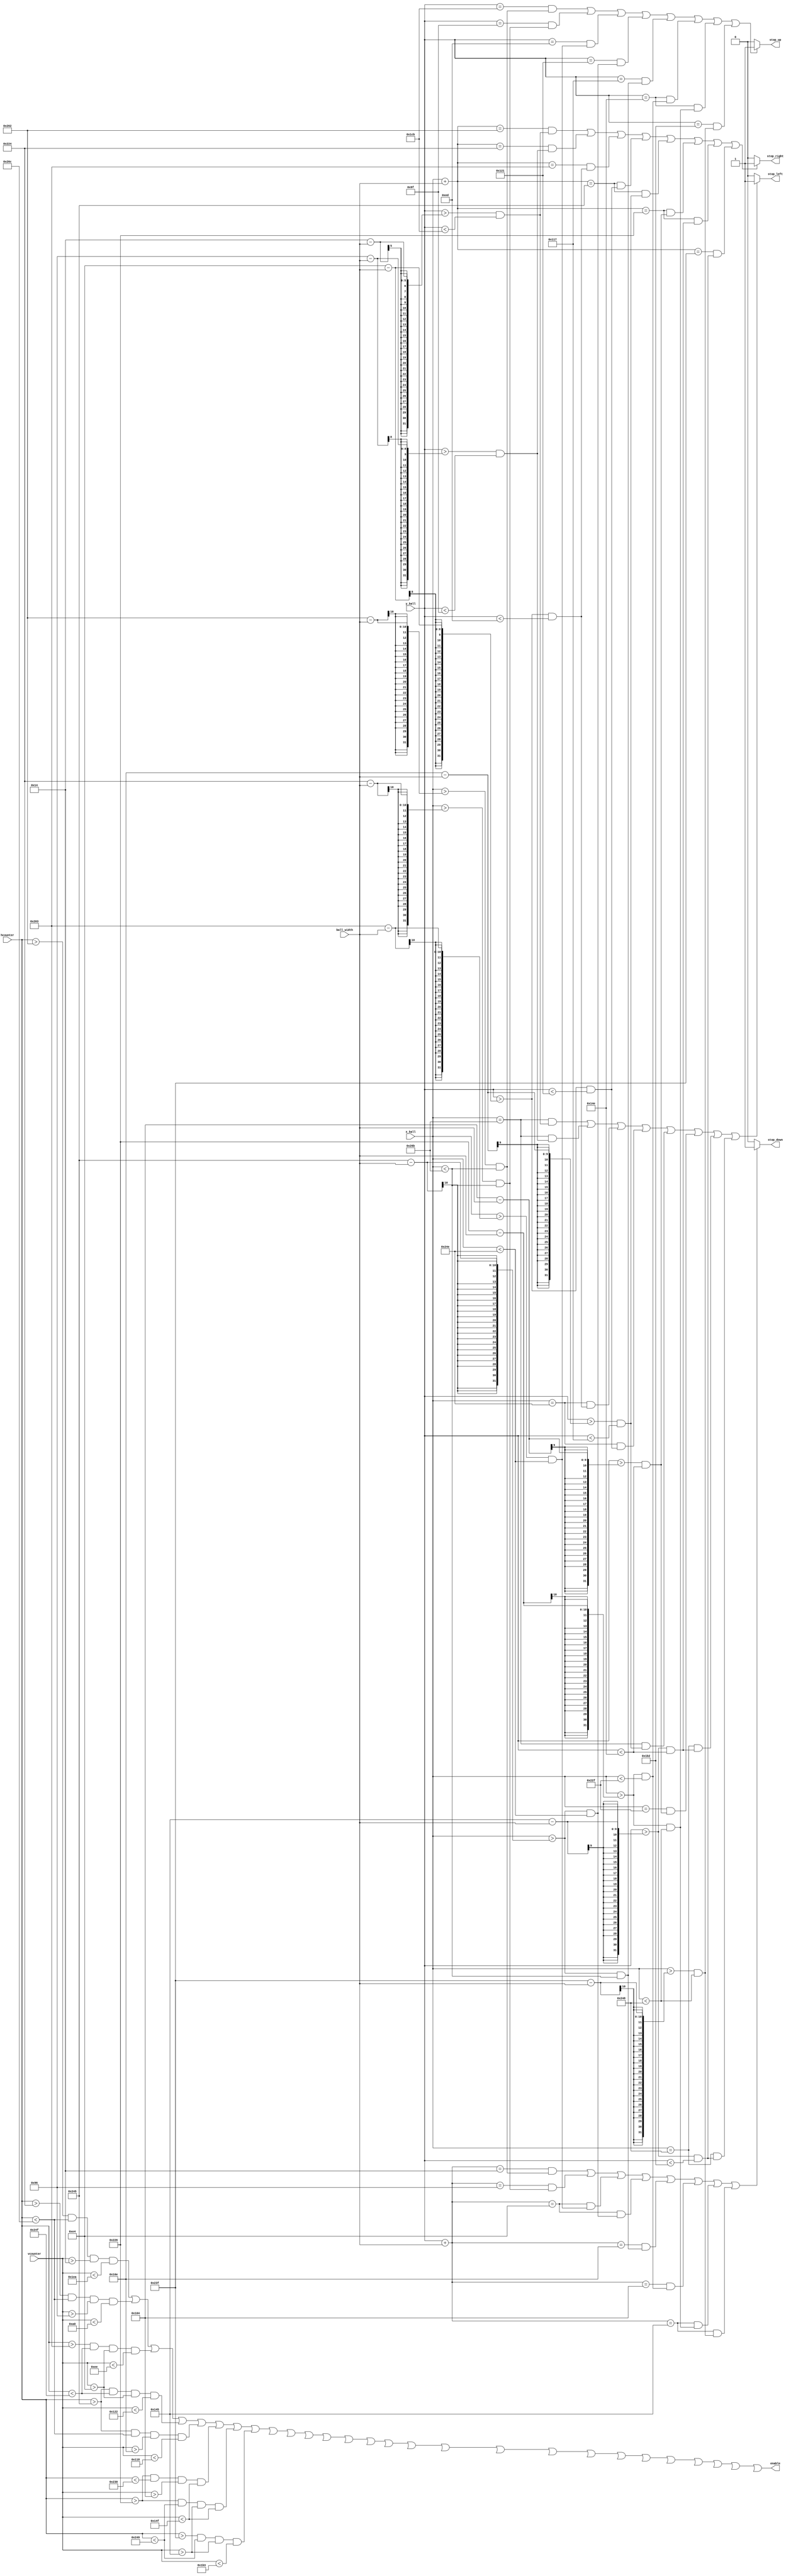
`timescale 1ns / 1ps
//////////////////////////////////////////////////////////////////////////////////
// Company: 
// Engineer: 
// 
// Design Name: 
// Module Name:    portion_6 
// Project Name: 
// Target Devices: 
// Tool versions: 
// Description: 
//
// Dependencies: 
//
// Revision: 
// Revision 0.01 - File Created
// Additional Comments: 
//
//////////////////////////////////////////////////////////////////////////////////
module portion_6(hcounter, vcounter, enable, x_ball, y_ball, ball_width, stop_right, stop_left, stop_up, stop_down
    );
	 
    input  [10:0] hcounter, vcounter;
	 output        enable;
    input  [10:0] x_ball, y_ball;
    input   [4:0] ball_width;
    output reg    stop_right, stop_left, stop_up, stop_down;
    
	 wire n23,n24 , n25 , n26 , n27 , n28 , n29 , n30 , n31, n32 ,n33 ,n34 ,n35 , n36 , n37 , n38 , n39 ,n40 , n41, n42 , n43 , n44, n45, n46 , n47 , n48,n22;
	 
	 
    assign n23=  (hcounter >610  && hcounter <620   &&  vcounter >20  && vcounter<490);
	 assign n24=  (hcounter >548  && hcounter <620   &&  vcounter >150 && vcounter<160);
	 assign n25=  (hcounter >515  && hcounter <591   &&  vcounter >228 && vcounter<238);
	 assign n26=  (hcounter >581  && hcounter <591   &&  vcounter >228 && vcounter<290);
    assign n27 = (hcounter >581  && hcounter <620   &&  vcounter >270 && vcounter<280);
    assign n28 = (hcounter >550  && hcounter <560   &&  vcounter >260 && vcounter<335);
    assign n29 = (hcounter >550  && hcounter <585   &&  vcounter >325 && vcounter<335);
	 assign n30 = (hcounter >575  && hcounter <585   &&  vcounter >325 && vcounter<435);
	// assign n22=  (hcounter >560  && hcounter <610   &&  vcounter >440 && vcounter<475);
    assign enable = n23||n24 ||n25 || n26 || n27 || n28 || n29 || n30|| n31||n32 ||n33||n34 ||n35 ||n36 ||n37 ||n38 || n39||n40|| n41||n42 || n43 ||n44||n45 || n46 || n47 || n48||n22;
   
	// Collision detection
     reg collision;
     always @(x_ball, y_ball, ball_width)
     begin
        stop_right = 0;
        stop_left  = 0;
        stop_up    = 0;
        stop_down  = 0;
        
        if (((x_ball+ball_width == 610)  && (y_ball >20-ball_width  && y_ball<460-1)) || //n23
            ((x_ball+ball_width == 548)  && (y_ball >150-ball_width && y_ball<160-1)) || //n24
            ((x_ball+ball_width == 515)  && (y_ball >228-ball_width && y_ball<238-1)) || //n25
            ((x_ball+ball_width == 581)  && (y_ball >228-ball_width && y_ball<290-1)) || //n26
            ((x_ball+ball_width == 581)  && (y_ball >270-ball_width && y_ball<280-1)) || //n31
            ((x_ball+ball_width == 550)  && (y_ball >260-ball_width && y_ball<335-1)) || //n32
            ((x_ball+ball_width == 550)  && (y_ball >325-ball_width && y_ball<335-1)) || //n33
	         ((x_ball+ball_width == 575)  && (y_ball >325-ball_width && y_ball<435-1)))   //n48
				begin
					stop_right = 1;
				end
        if (((x_ball == 620-1) && (y_ball >20-ball_width  && y_ball<460-1))  || //n1
            ((x_ball == 620-1) && (y_ball >150-ball_width && y_ball<160-1))  || //n2
            ((x_ball == 591-1) && (y_ball >228-ball_width && y_ball<238-1))  || //n3
            ((x_ball == 591-1) && (y_ball >228-ball_width && y_ball<290-1))  || //n4
				((x_ball == 620-1) && (y_ball >270-ball_width && y_ball<280-1))  || //n4
            ((x_ball == 560-1) && (y_ball >260-ball_width && y_ball<335-1))  || //n5
            ((x_ball == 585-1) && (y_ball >325-ball_width && y_ball<335-1))  || //n6
            ((x_ball == 585-1) && (y_ball >325-ball_width && y_ball<435-1)))  //n21
				begin
					stop_left  = 1;
				end
				
        if (((y_ball+ball_width == 20)   && (x_ball >610-ball_width   && x_ball<620-1)) || //n1
            ((y_ball+ball_width == 150)  && (x_ball >548-ball_width   && x_ball<620-1)) || //n2
            ((y_ball+ball_width == 228)  && (x_ball >515-ball_width   && x_ball<591-1)) || //n3
            ((y_ball+ball_width == 228)  && (x_ball >581-ball_width   && x_ball<591-1)) || //n8
            ((y_ball+ball_width == 270)  && (x_ball >581-ball_width   && x_ball<620-1)) || //n9
            ((y_ball+ball_width == 260)  && (x_ball >550-ball_width   && x_ball<560-1)) || //n10
            ((y_ball+ball_width == 325)  && (x_ball >550-ball_width   && x_ball<585-1)) || //n11
            ((y_ball+ball_width == 325)  && (x_ball >575-ball_width   && x_ball<585-1)))   //n21 
				begin 
					stop_down = 1;
				end
				
        if (
		      ((y_ball == 460-1) &&(x_ball >610-ball_width   && x_ball<620-1)) || //n1
            ((y_ball == 160-1) &&(x_ball >548-ball_width   && x_ball<620-1)) || //n2
            ((y_ball == 238-1) &&(x_ball >515-ball_width   && x_ball<591-1)) || //n3
            ((y_ball == 290-1) &&(x_ball >581-ball_width   && x_ball<591-1)) || //n4
            ((y_ball == 280-1) &&(x_ball >581-ball_width   && x_ball<620-1)) || //n5
            ((y_ball == 335-1) &&(x_ball >550-ball_width   && x_ball<560-1)) || //n6
            ((y_ball == 335-1) &&(x_ball >550-ball_width   && x_ball<585-1)) || //n7
            ((y_ball == 435-1) &&(x_ball >575-ball_width   && x_ball<585-1))
		     )   //n21 
				begin 
					stop_up = 1;
				end
     end
endmodule